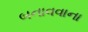
બનાવવાના